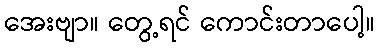
အေးဗျာ။ တွေ့ရင် ကောင်းတာပေါ့။